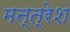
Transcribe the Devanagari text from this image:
मन्त्रेश